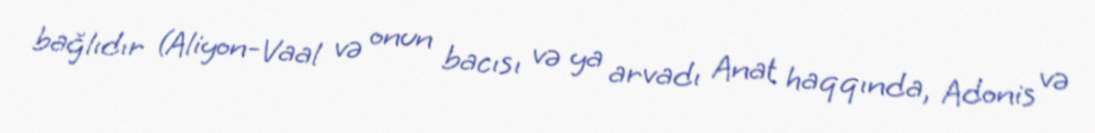
bağlıdır (Aliyon-Vaal və onun bacısı və ya arvadı Anat haqqında, Adonis və